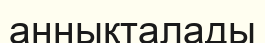
аннықталады